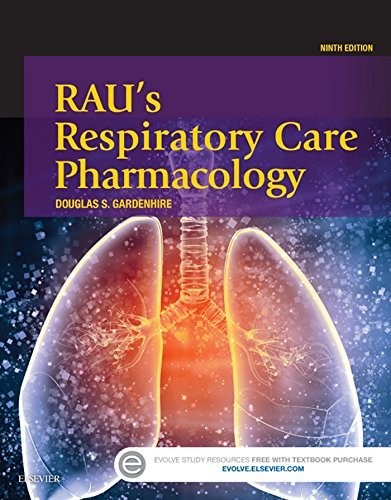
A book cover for Rau's Respiratory Care Pharmacology, 9e; Douglas S. Gardenhire EdD  RRT-NPS  FAARC; Medical Books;